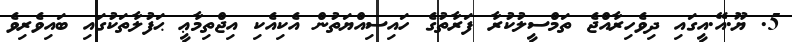
5. ޔޫ.އޭ.އީގައި ދިވެހިރާއްޖެ ތަމްސީލުކުރާ ފަރާތުގެ ހައިސިއްޔަތުން އެކިއެކި އިޖްތިމާޢީ ޙަފުލާތަކުގައި ބައިވެރިވެ